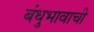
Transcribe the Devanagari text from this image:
बंधुभावाची